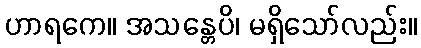
ဟာရကေ။ အသန္တေပိ၊ မရှိသော်လည်း။